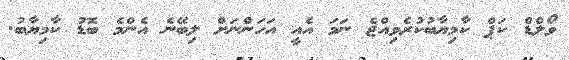
ވޯލްޑް ކަޕް ކާމިޔާބުކުރެވިއްޖެ ނަމަ އެއީ އަހަންނަށް ލިބޭނެ އެންމެ ބޮޑު ކާމިޔާބު.